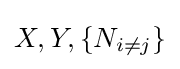
{X,Y,\{N_{i\neq j}\}}